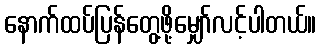
နောက်ထပ်ပြန်တွေ့ဖို့မျှော်လင့်ပါတယ်။